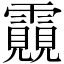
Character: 䨳